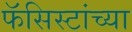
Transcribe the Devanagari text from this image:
फॅसिस्टांच्या